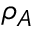
\rho _ { A }